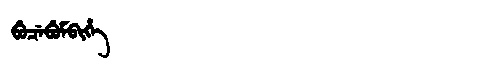
Manchu: ᠪᡠᠴᡝᠪᡠᠮᠪᡳᡥᡝ
Romanization: BUCEBUMBIHE